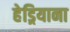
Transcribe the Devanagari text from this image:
हेड्रियाना